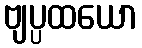
ဗျပ္ပထယော